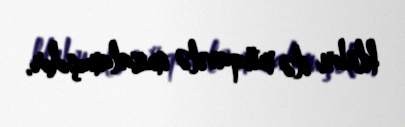
klubu ilə müqavilə imzalamışdır.